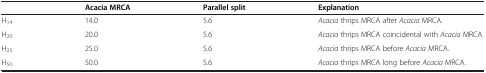
<table><thead><tr><td><b> </b></td><td><b>Acacia MRCA</b></td><td><b>Parallel split</b></td><td><b>Explanation</b></td></tr></thead><tbody><tr><td>H<sub>14</sub></td><td>14.0</td><td>5.6</td><td><i>Acacia</i> thrips MRCA after <i>Acacia</i> MRCA.</td></tr><tr><td>H<sub>20</sub></td><td>20.0</td><td>5.6</td><td><i>Acacia</i> thrips MRCA coincidental with <i>Acacia</i> MRCA.</td></tr><tr><td>H<sub>25</sub></td><td>25.0</td><td>5.6</td><td><i>Acacia</i> thrips MRCA before <i>Acacia</i> MRCA.</td></tr><tr><td>H<sub>50</sub></td><td>50.0</td><td>5.6</td><td><i>Acacia</i> thrips MRCA long before <i>Acacia</i> MRCA.</td></tr></tbody></table>